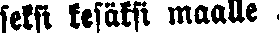
seksi kesäksi maalle .